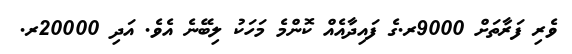
ވެރި ފަރާތަށް 9000ރ.ގެ ފައިދާއެއް ކޮންމެ މަހަކު ލިބޭނެ އެވެ. އަދި 20000ރ.